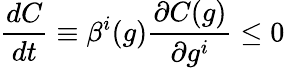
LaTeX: \frac{dC}{dt}\equiv\beta^{i}(g)\frac{\partial C(g)}{\partial g^{i}}\leq 0